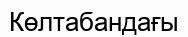
Көлтабандағы